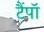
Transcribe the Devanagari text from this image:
टैंपॉ